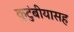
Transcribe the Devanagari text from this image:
कुटुंबीयासह